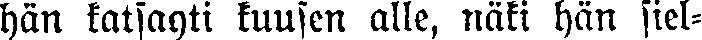
hän katsahti kuusen alle, näki hän siel-